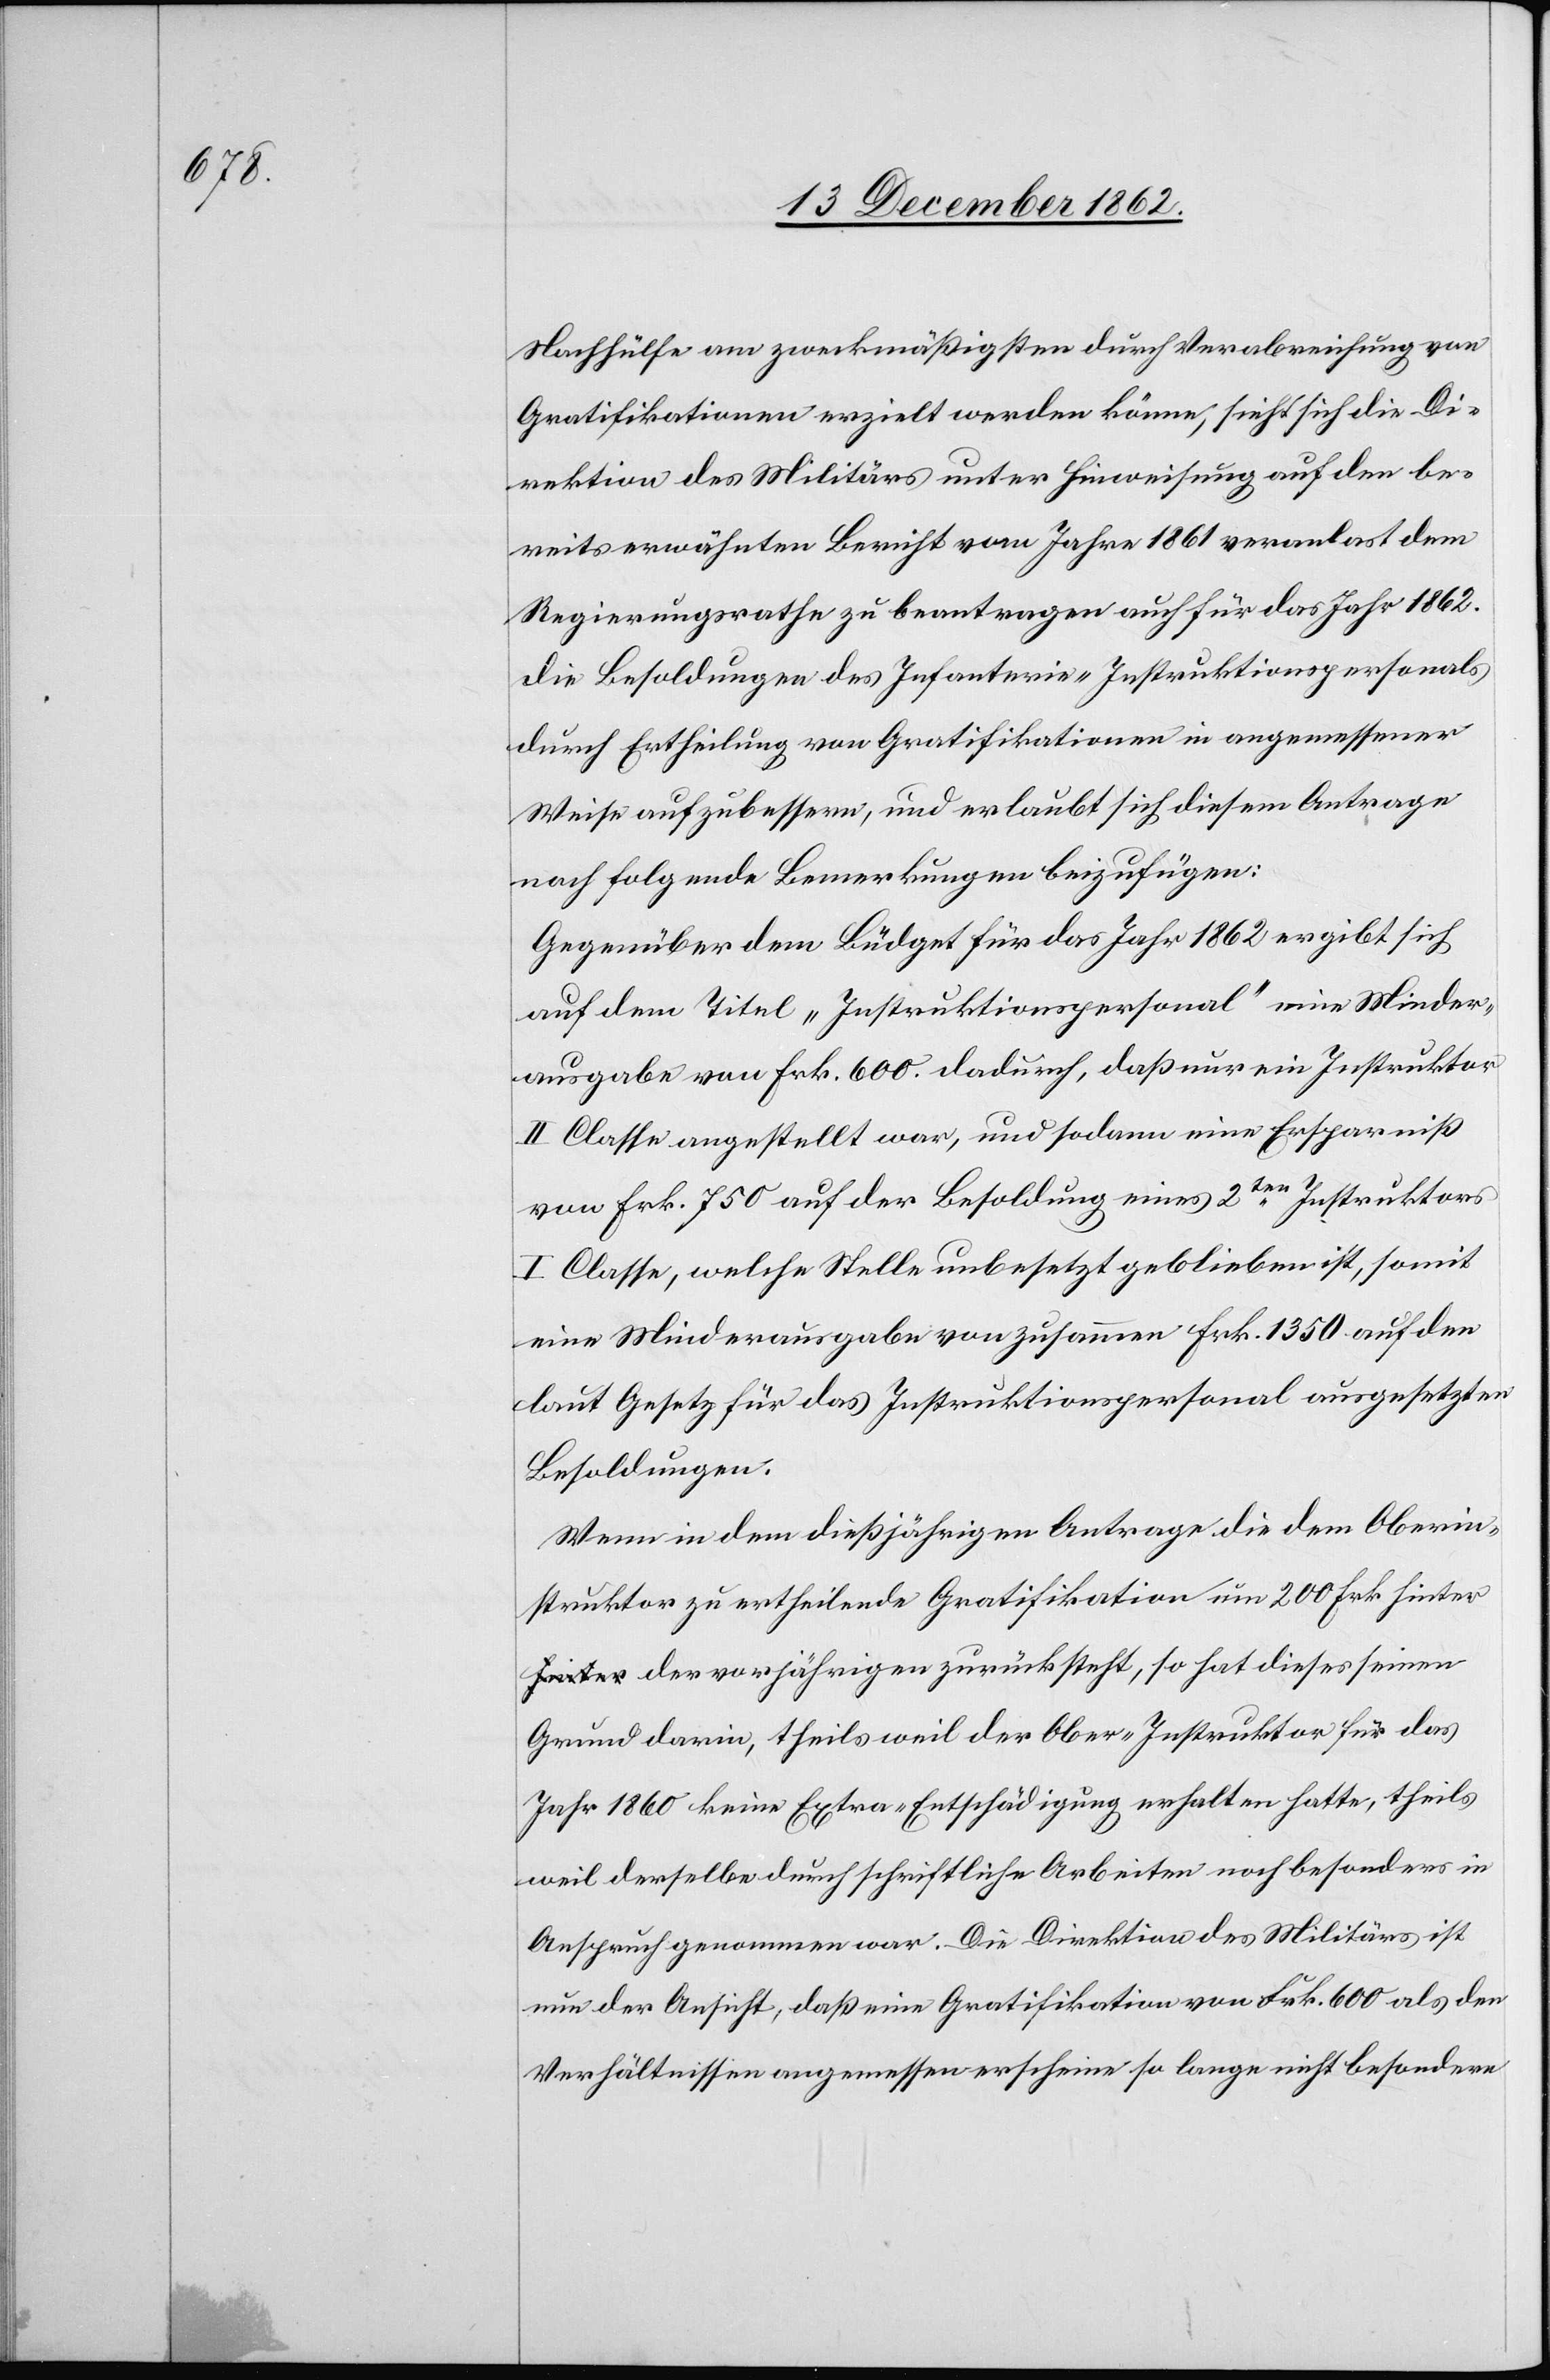
Nachhülfe am zweckmäßigsten durch Verabreichung von
Gratifikationen erzielt werden könne, sieht sich die Di¬
rektion des Militärs unter Hinweisung auf den be¬
reits erwähnten Bericht vom Jahre 1861 veranlasst dem
Regierungsrathe zu beantragen auch für das Jahr 1862.
die Besoldungen des Infanterie-Instruktionspersonals
durch Ertheilung von Gratifikationen in angemessener
Weise aufzubessern, und erlaubt sich diesem Antrage
noch folgende Bemerkungen beizufügen:
Gegenüber dem Büdget für das Jahr 1862 ergibt sich
auf dem Titel „Instruktionspersonal“ eine Minder¬
ausgabe von Frk. 600. dadurch, daß nur ein Instruktor
II Classe angestellt war, und sodann eine Ersparniß
von Frk. 750 auf der Besoldung eines 2ten Instruktors
I Classe, welche Stelle unbesetzt geblieben ist, somit
eine Minderausgabe von zusammen Frk. 1350 auf den
laut Gesetz für das Instruktionspersonal ausgesetzten
Besoldungen.
Wenn in dem dießjährigen Antrage die dem Oberin¬
struktor zu ertheilende Gratifikation um 200 Frk. hinte¬
r der vorjährigen zurück steht, so hat dieses seinen
Grund drin, theils weil der Ober-Instruktor für das
Jahr 1860 keine Extra-Entschädigung erhalten hatte, theils
weil derselbe durch schriftliche Arbeiten noch besonders in
Anspruch genommen war. Die Direktion des Militärs ist
nun der Ansicht, daß eine Gratifikation von Frk. 600 als den
Verhältnissen angemessen erscheine so lange nicht besondere